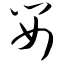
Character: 婴